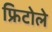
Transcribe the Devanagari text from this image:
फ्रिटोले